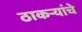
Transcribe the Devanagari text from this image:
ठाकऱ्यांचे